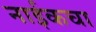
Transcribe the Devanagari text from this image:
नाईकचा